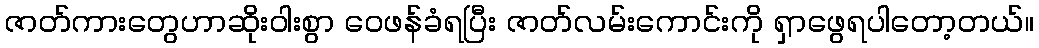
ဇာတ်ကားတွေဟာဆိုးဝါးစွာ ဝေဖန်ခံရပြီး ဇာတ်လမ်းကောင်းကို ရှာဖွေရပါတော့တယ်။